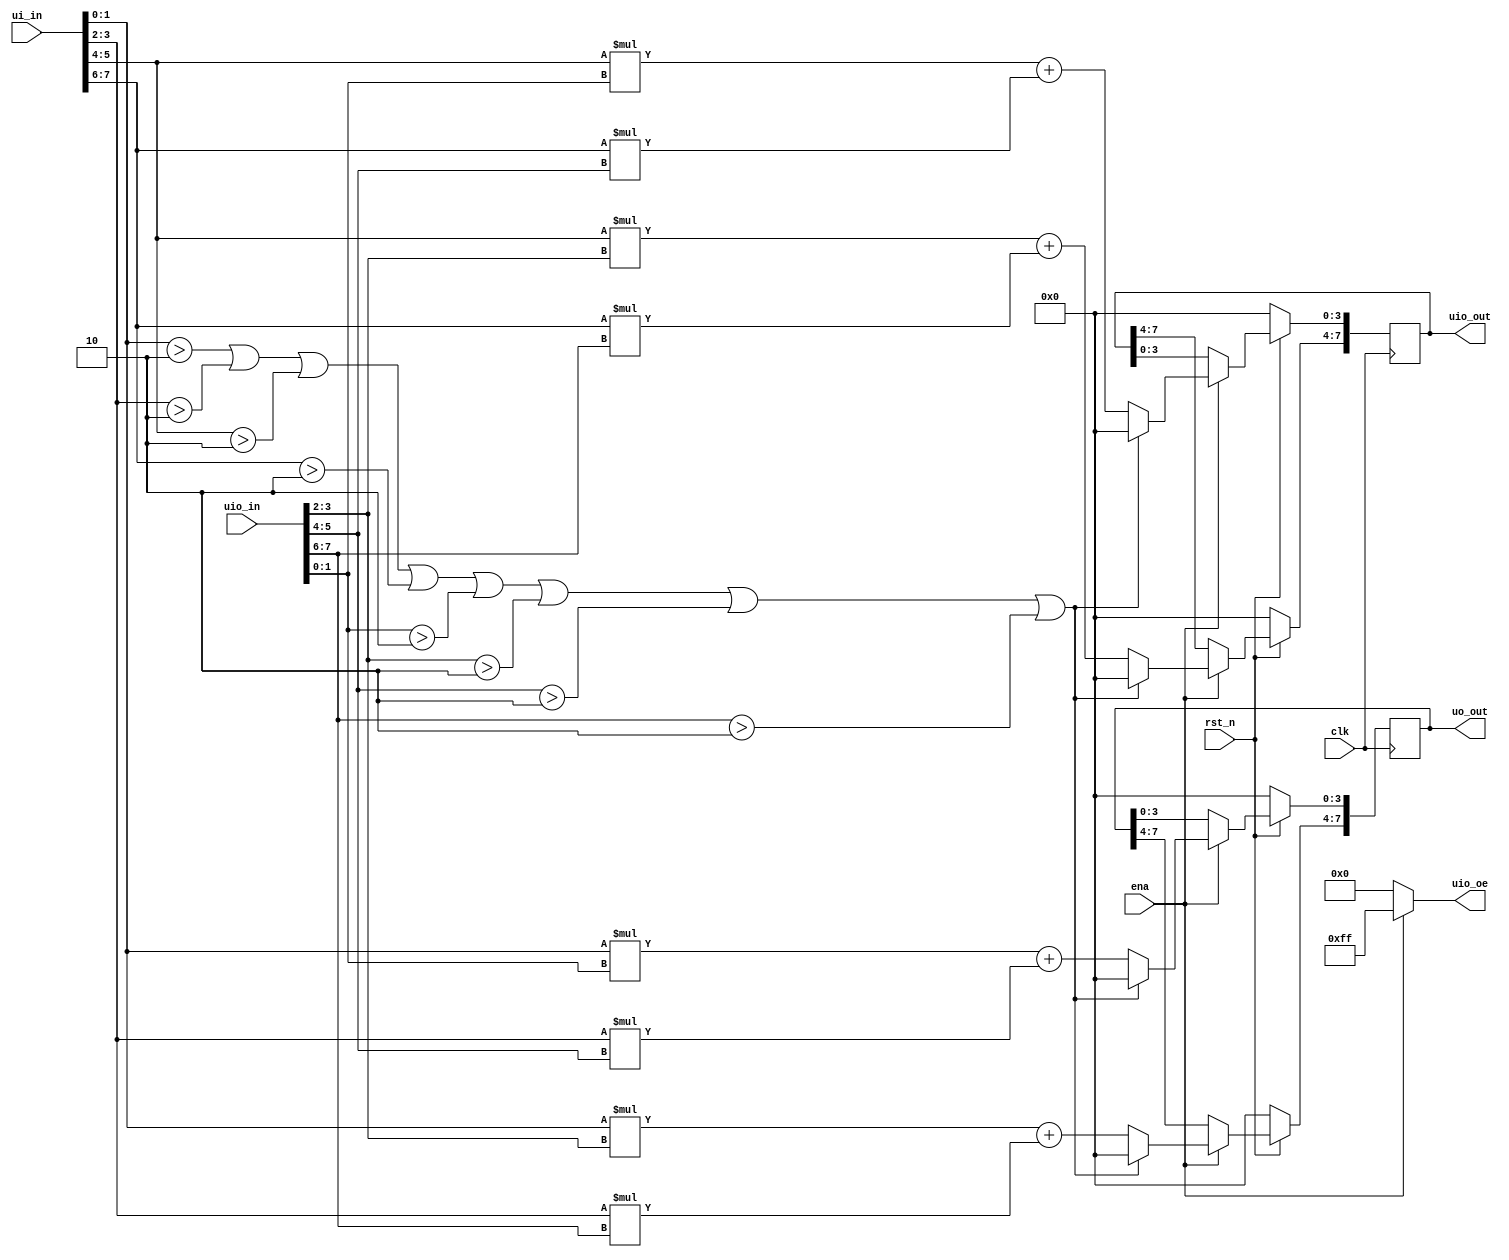
`default_nettype none

module tt_um_matrix_multiplier(
    input  wire [7:0] ui_in,
    output reg  [7:0] uo_out,
    input  wire [7:0] uio_in,
    output reg  [7:0] uio_out,
    output wire [7:0] uio_oe,
    input  wire       ena,
    input  wire       clk,
    input  wire       rst_n
);

    wire reset = !rst_n;
    wire error_flag;
    
    // Split ui_in for Matrix A elements (unsigned 2-bit numbers)
    wire [1:0] a11 = ui_in[1:0];
    wire [1:0] a12 = ui_in[3:2];
    wire [1:0] a21 = ui_in[5:4];
    wire [1:0] a22 = ui_in[7:6];

    // Split uio_in for Matrix B elements (unsigned 2-bit numbers)
    wire [1:0] b11 = uio_in[1:0];
    wire [1:0] b12 = uio_in[3:2];
    wire [1:0] b21 = uio_in[5:4];
    wire [1:0] b22 = uio_in[7:6];

    // Check all aij & bij in range [0, 2]
    assign error_flag = (a11 > 2'b10) || (a12 > 2'b10) || (a21 > 2'b10) || (a22 > 2'b10) ||
                    (b11 > 2'b10) || (b12 > 2'b10) || (b21 > 2'b10) || (b22 > 2'b10);


    // Synchronous operations with clock
    always @(posedge clk) begin
        if (reset) begin
            uo_out <= 8'b0;
            uio_out <= 8'b0;
        end else if (ena) begin
            if (error_flag) begin
                uo_out <= 8'b0;
                uio_out <= 8'b0;
            end else begin
                // 2 x 2 matrix multiplication logic
                uo_out[3:0] <= a11 * b11 + a12 * b21;
                uo_out[7:4] <= a11 * b12 + a12 * b22;
                uio_out[3:0] <= a21 * b11 + a22 * b21;
                uio_out[7:4] <= a21 * b12 + a22 * b22;
            end
        end
    end

    // Set uio_oe as outputs after multiplication
    assign uio_oe = (ena) ? 8'b11111111 : 8'b00000000;

endmodule